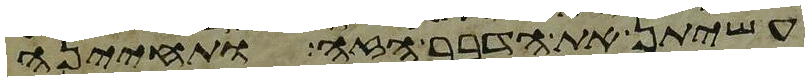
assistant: עשיתן את הדבר הזה ותחינה